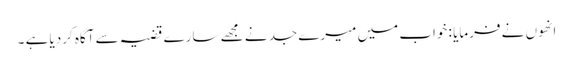
انھوں نے فرمایا : خواب میں میرے جد نے مجھے سارے قضیہ سے آگاہ کردیا ہے ۔